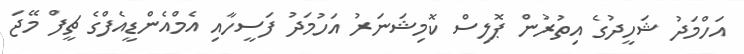
އަހްމަދު ޝަހީދުގެ އިތުރުން ޕޮލިސް ކޮމިޝަނަރު އަހުމަދު ފަސީހާއި އެމްއެންޑީއެފްގެ ޗީފް މޭޖަ